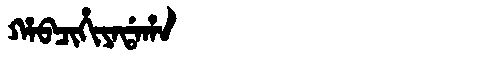
Manchu: ᡥᠠᠪᠴᡳᡥᡳᠶᠠᡩᠠᡥᠠ
Romanization: HABCIHIYADAHA